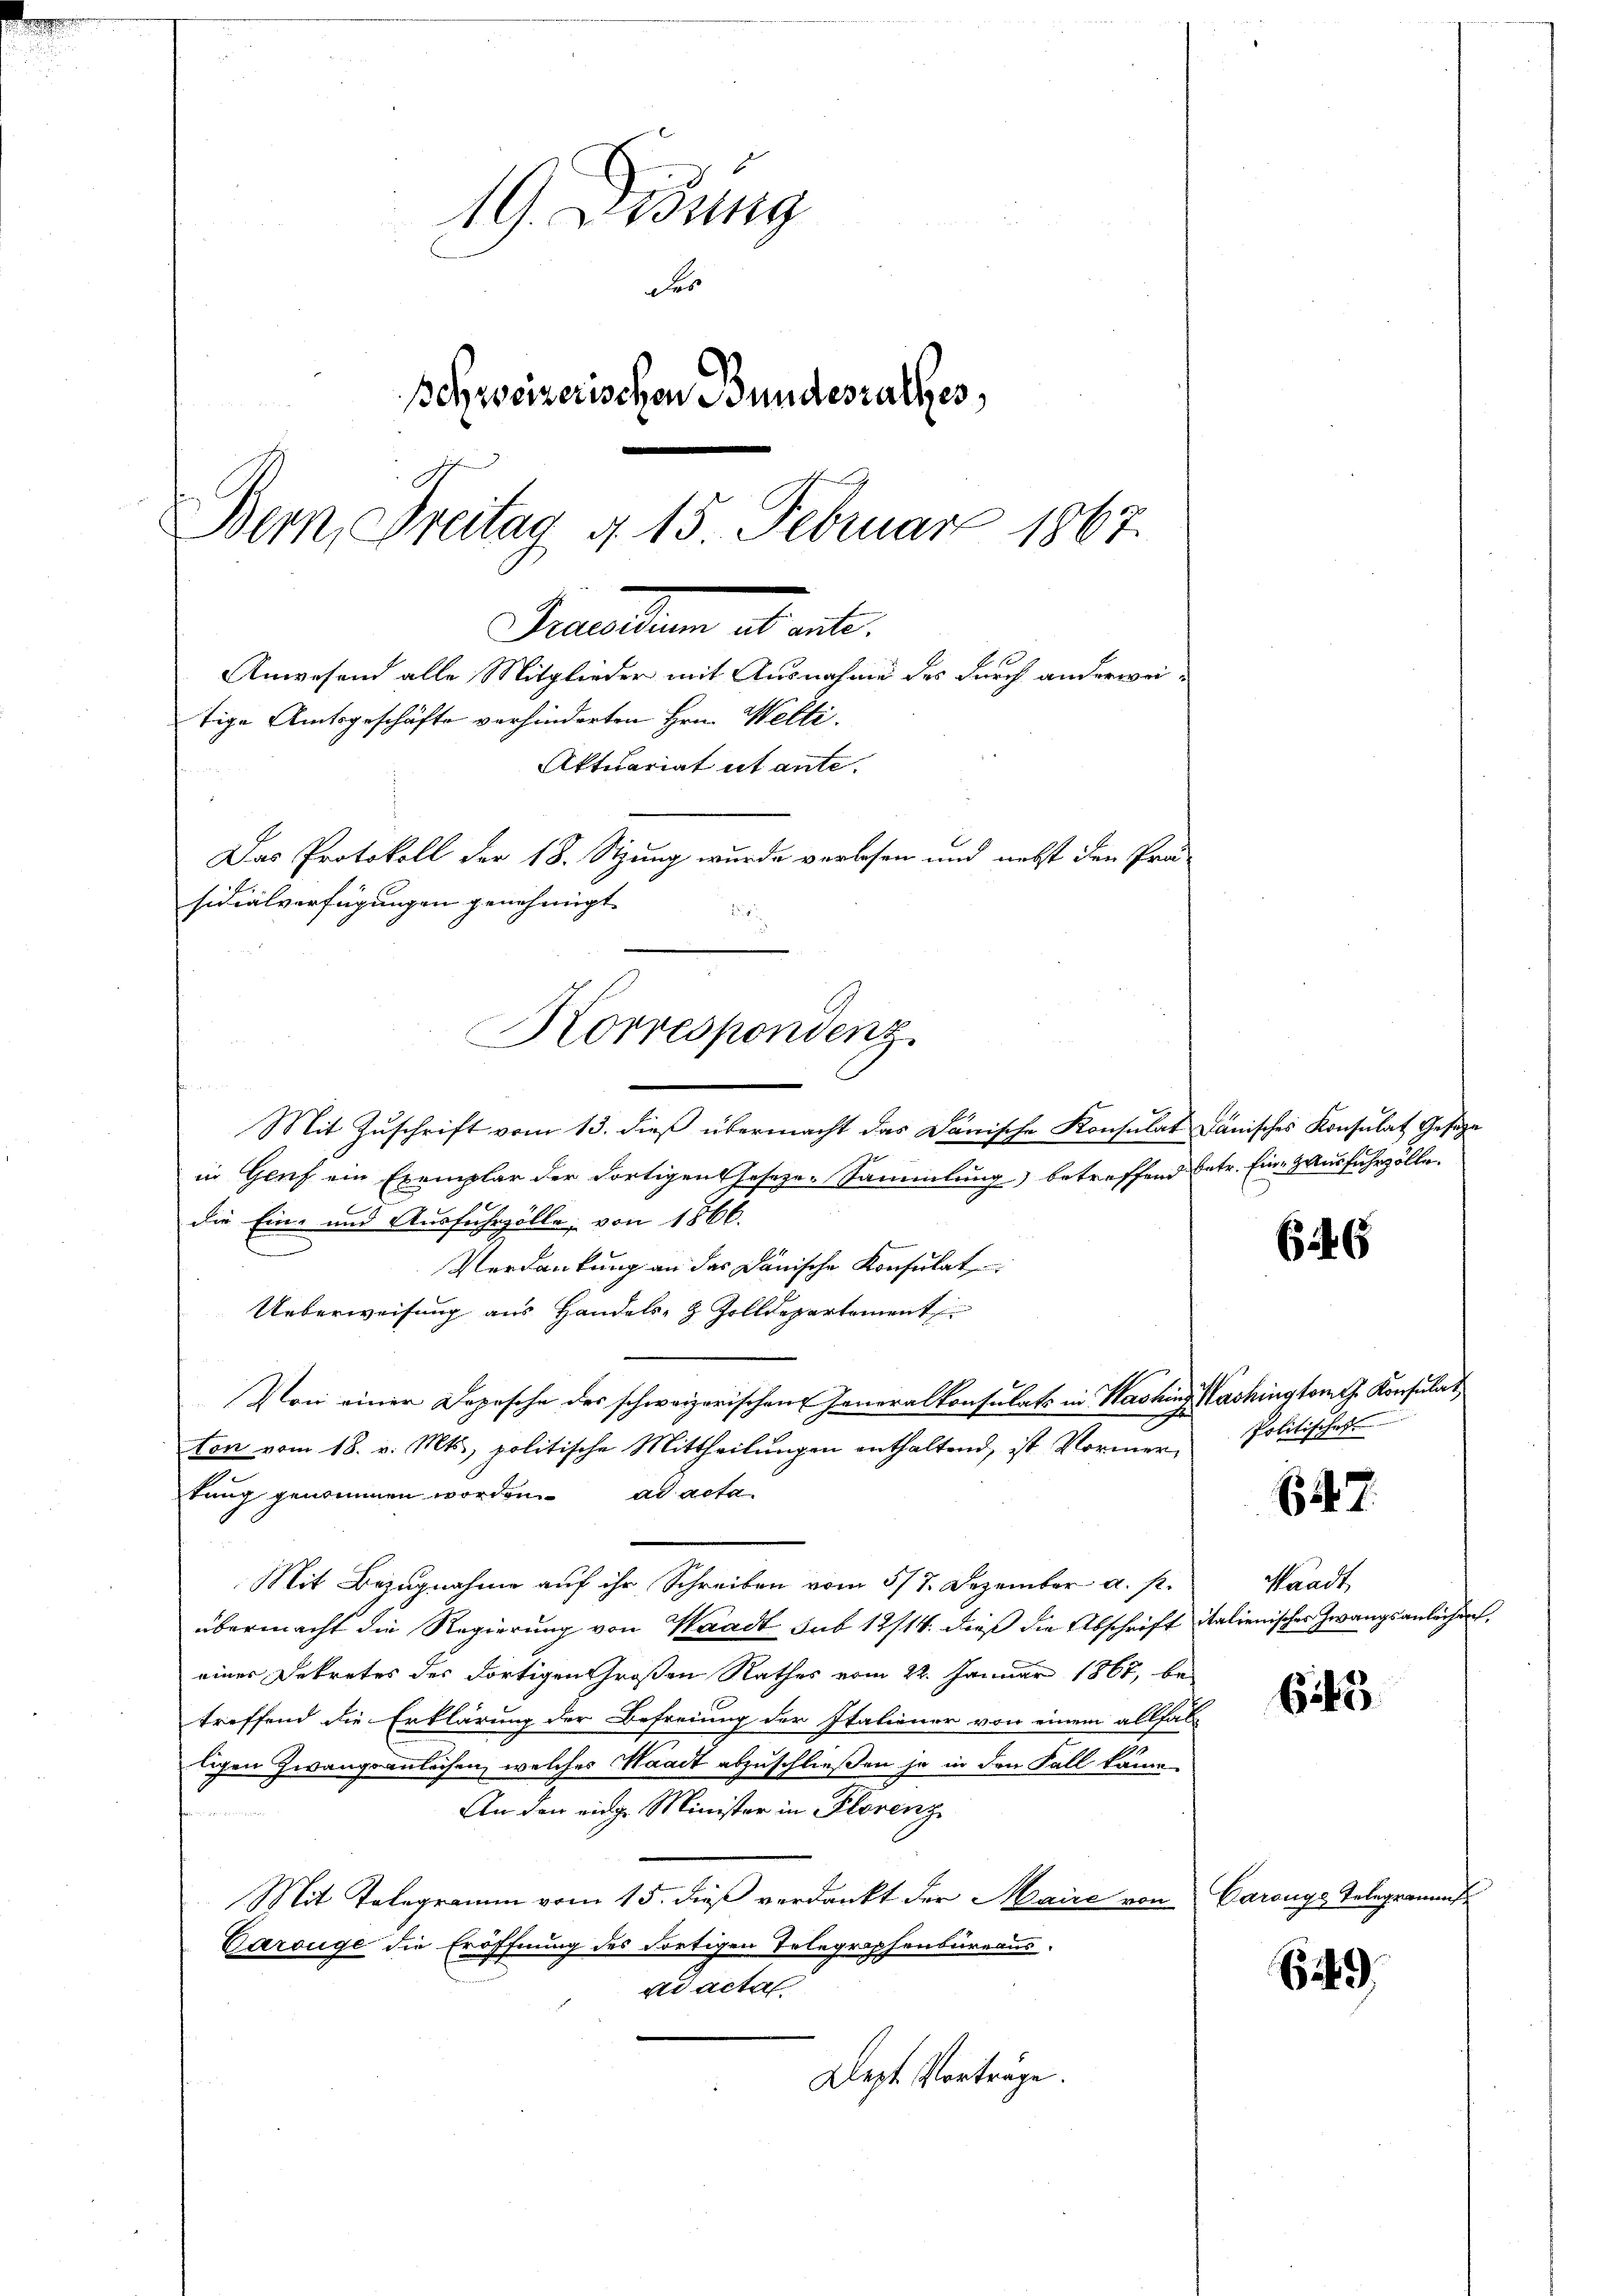
19. Didung
des
schweizerischen Bundesrathes,
6
Bern, Freitag d. 15. Februar 1867.
Prenten als eit.
Anwesend alle Mitglieder mit Ausnahme des durch anderweitige Amtsgeschäfte verhinderten Hrn. Welti.
Aktuariat ut ante.
Das Protokoll der 18. Sitzung wurde verlesen und nebst den Prä-
sidialverfügungen genehmigt.

Korrespondenz

Mit Zuschrift vom 13. dieß übermacht das Dänische Konsulat de
in Genf ein Exemplar der dortigentheseze-Sammlung) betreffend bef
die Ein- und Ausfuhrzölle, von 1866.
e
Verdankung an das Dänische Konsulat
Ueberweisung aus Handels- & Zolldepartement
Von einer Depesche des schweizerischen Generalkonsulats in Washing
ten vom 18. v. Mts., politische Mittheilungen enthaltend, ist Vormertung genommen worden. ad acta
Mit Bezugnahme auf ihr Schreiben vom 5/7. Dezember a. p.
übermacht die Regierung von Waadt sub 12/14. dieß die Abschrift italienisches Zwangsanlächen
einer Dekretes des dortigen Großen Rathes vom 22. Januar 1867, be-
treffend die Erklärung der Befreiung der Italienor von einem allfal
ligen Zwangsanleisen, welches Waadt abzuschließen ja in den Fall könn
An den einge Minister in Florenz
Mit Telegramm vom 15. dieß verdankt der Maire von Corongs Telegran
Garouge die Eröffnung des dortigen Telegraphenbureaus
r acte
Dept. Vorträge.

änisches Konsulat Gesage
tr. Eine Hausfuhrzolle.

646

Vashingtones Konsulat
Politisches

27.

Waadt

6143

69